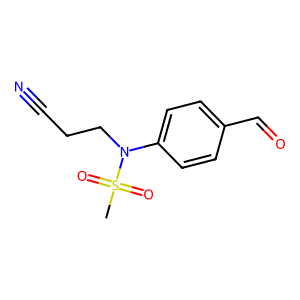
SMILES: CS(=O)(=O)N(CCC#N)c1ccc(C=O)cc1
Inhibits HIV replication: No